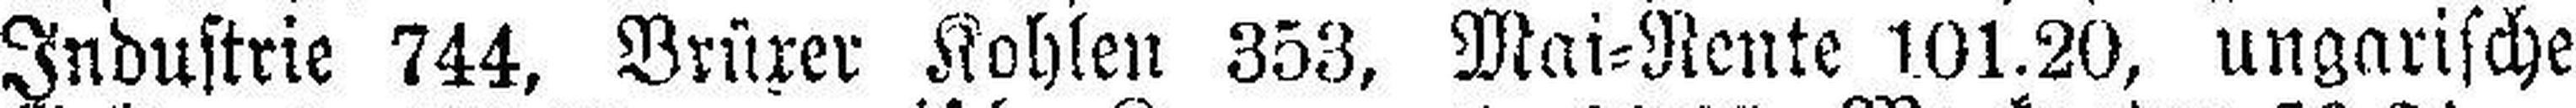
Industrie 744, Brüxer Kohlen 353, Mai=Rente 101.20, ungarische